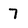
Character: 7